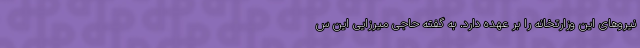
نیروهای این وزارتخانه را بر عهده دارد. به گفته حاجی میرزایی این س